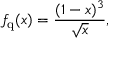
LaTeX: f _ { \mathrm { q } } ( x ) = \frac { ( 1 - x ) ^ { 3 } } { \sqrt x } ,